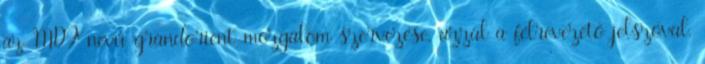
az MDF nevű grandorient-mozgalom szervezése, azzal a félreveze­tő jelszóval,